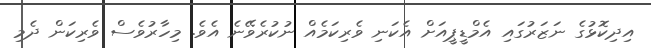
އިދިކޮޅުގެ ނަޒަރުގައި އެމްޑީޕީއަށް އެކަނި ވެރިކަމެއް ނުކުރެވޭނެ އެވެ. މިހާރުވެސް ވެރިކަން ދެމި